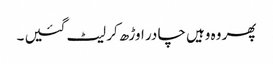
پھر وہ وہیں چا در اوڑھ کر لیٹ گئیں ۔